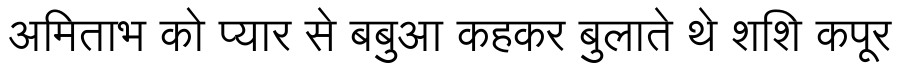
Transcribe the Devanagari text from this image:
अमिताभ को प्यार से बबुआ कहकर बुलाते थे शशि कपूर